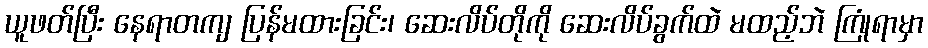
ယူဖတ်ပြီး နေရာတကျ ပြန်မထားခြင်း၊ ဆေးလိပ်တိုကို ဆေးလိပ်ခွက်ထဲ မထည့်ဘဲ ကြုံရာမှာ